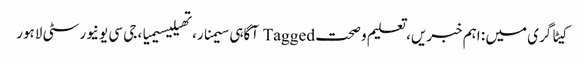
کیٹاگری میں : اہم خبریں، تعلیم و صحت Tagged آگاہی سیمنار، تھیلیسیمیا، جی سی یونیورسٹی لاہور